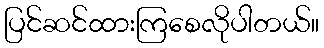
ပြင်ဆင်ထားကြစေလိုပါတယ်။